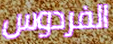
الفردوس